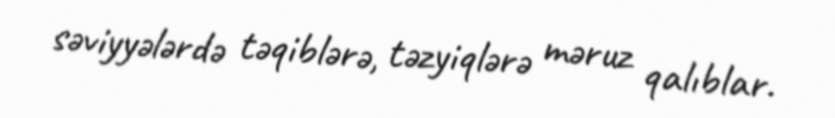
səviyyələrdə təqiblərə, təzyiqlərə məruz qalıblar.